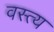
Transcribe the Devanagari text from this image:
वस्त्य